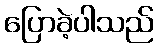
ပြောခဲ့ပါသည်